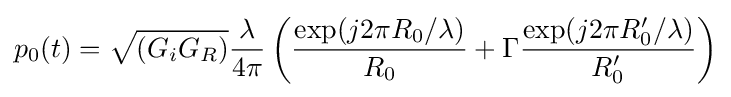
p_{0}(t)={\sqrt {(G_{i}G_{R})}}{\frac {\lambda }{4\pi }}\left({\frac {\exp(j2\pi R_{0}/{\lambda })}{R_{0}}}+\Gamma {\frac {\exp(j2\pi R_{0}'/{\lambda })}{R_{0}'}}\right)